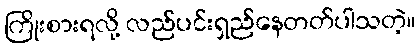
ကြိုးစားရလို့ လည်ပင်းရှည်နေတတ်ပါသတဲ့။